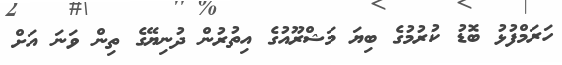
ހަރަމްފުޅު ބޮޑު ކުރުމުގެ ބިޔަ މަޝްރޫއުގެ އިތުރުން ދުނިޔޭގެ ތިން ވަނަ އަށް